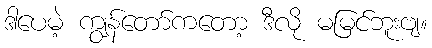
ဒါပေမဲ့ ကျွန်တော်ကတော့ ဒီလို မမြင်ဘူးဗျ။